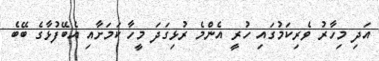
އަދި މިހާރު ވެރިކަމުގައި ހުރީ އެންމެ ރުޅިގަދަ މީހާ ކަމަށާއި އެބޭފުޅާގެ ބޭބެ